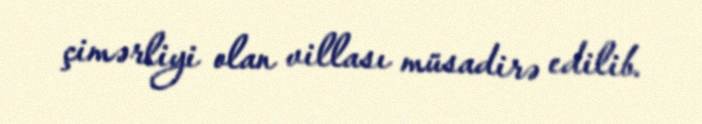
çimərliyi olan villası müsadirə edilib.